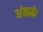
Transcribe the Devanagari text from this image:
अंकके